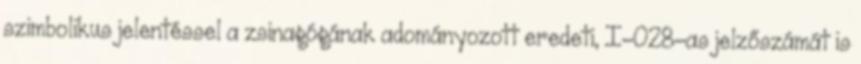
szimbolikus jelentéssel a zsinagógának adományozott eredeti, I-028-as jelzőszámát is